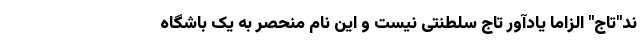
ند"تاج" الزاما یادآور تاج سلطنتی نیست و این نام منحصر به یک باشگاه